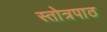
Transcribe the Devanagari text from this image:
स्तोत्रपाठ